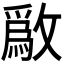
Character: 𫿒